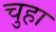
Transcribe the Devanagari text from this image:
चुहा